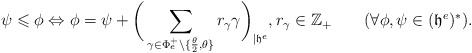
\begin{align*}\psi\leqslant\phi\Leftrightarrow\phi=\psi+\bigg(\sum_{\gamma\in\Phi^+_e\backslash\{\frac{\theta}{2},\theta\}}r_\gamma\gamma\bigg)_{|\mathfrak{h}^e},r_\gamma\in\mathbb{Z}_+\qquad(\forall\phi,\psi\in(\mathfrak{h}^e)^*).\end{align*}